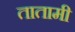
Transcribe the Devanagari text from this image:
तातामी